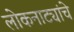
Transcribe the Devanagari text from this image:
लोकनाट्यांचे